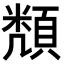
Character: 𮨔